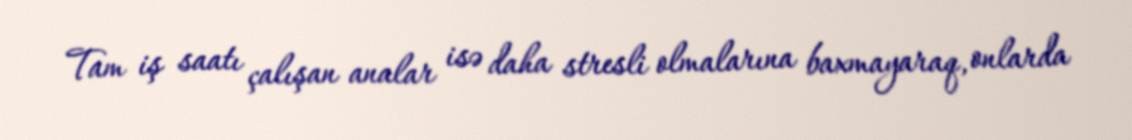
Tam iş saatı çalışan analar isə daha stresli olmalarına baxmayaraq, onlarda